Vaccination report Assam 1874-1896 - 1874-1896
Year: 1874
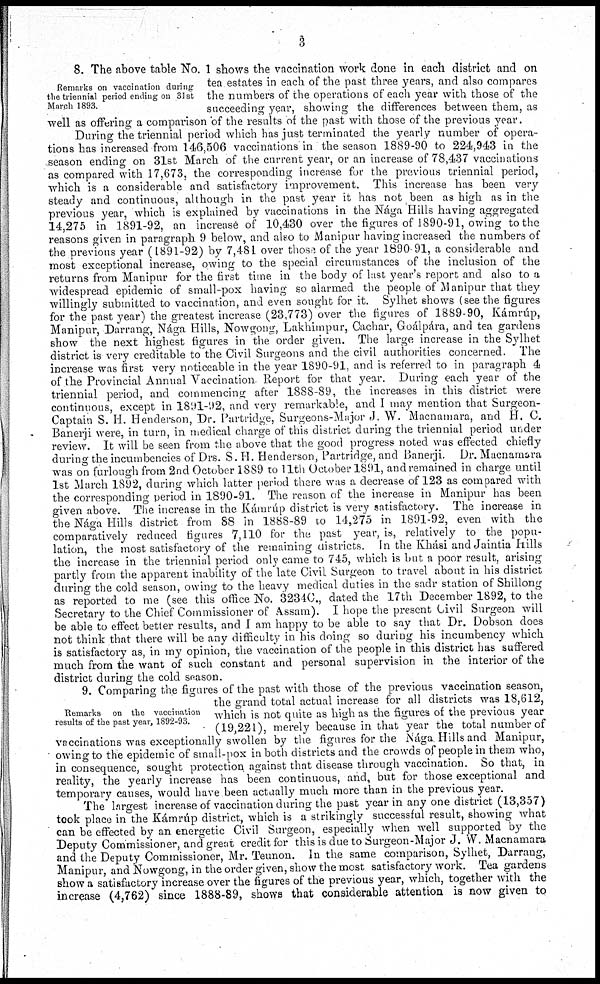
3
Remarks on vaccination during
the triennial period ending on 31st
March 1893.
8. The above table No. 1 shows the vaccination work done in each district and on
tea estates in each of the past three years, and also compares
the numbers of the operations of each year with those of the
succeeding year, showing the differences between them, as
well as offering a comparison of the results of the past with those of the previous year.
During the triennial period which has just terminated the yearly number of opera-
tions has increased from 146,506 vaccinations in the season 1889-90 to 224,943 in the
season ending on 31st March of the current year, or an increase of 78,437 vaccinations
as compared with 17,673, the corresponding increase for the previous triennial period,
which is a considerable and satisfactory improvement. This increase has been very
steady and continuous, although in the past year it has not been as high as in the
previous year, which is explained by vaccinations in the Nága Hills having aggregated
14,275 in 1891-92, an increase of 10,430 over the figures of 1890-91, owing to the
reasons given in paragraph 9 below, and also to Manipur having increased the numbers of
the previous year (1891-92) by 7,481 over those of the year 1890 91, a considerable and
most exceptional increase, owing to the special circumstances of the inclusion of the
returns from Manipur for the first time in the body of last year's report and also to a
widespread epidemic of small-pox having so alarmed the people of Manipur that they
willingly submitted to vaccination, and even sought for it. Sylhet shows (see the figures
for the past year) the greatest increase (23,773) over the figures of 1889-90, Kámrúp,
Manipur, Darrang, Nága Hills, Nowgong, Lakhimpur, Cachar, Goálpára, and tea gardens
show the next highest figures in the order given. The large increase in the Sylhet
district is very creditable to the Civil Surgeons and the civil authorities concerned. The
increase was first very noticeable in the year 1890-91, and is referred to in paragraph 4
of the Provincial Annual Vaccination Report for that year. During each year of the
triennial period, and commencing after 1888-89, the increases in this district were
continuous, except in 1891-92, and very remarkable, and I may mention that Surgeon-
Captain S. H. Henderson, Dr. Partridge, Surgeons-Major J. W. Macnamara, and H. C.
Banerji were, in turn, in medical charge of this district during the triennial period under
review. It will be seen from the above that the good progress noted was effected chiefly
during the incumbencies of Drs. S. H. Henderson, Partridge, and Banerji. Dr. Macnamara
was on furlough from 2nd October 1889 to 11th October 1891, and remained in charge until
1st March 1892, during which latter period there was a decrease of 123 as compared with
the corresponding period in 1890-91. The reason of the increase in Manipur has been
given above. The increase in the Kámrúp district is very satisfactory. The increase in
the Nága Hills district from 88 in 1888-89 to 14,275 in 1891-92, even with the
comparatively reduced figures 7,110 for the past year, is, relatively to the popu-
lation, the most satisfactory of the remaining districts. In the Khási and Jaintia Hills
the increase in the triennial period only came to 745, which is but a poor result, arising
partly from the apparent inability of the late Civil Surgeon to travel about in his district
during the cold season, owing to the heavy medical duties in the sadr station of Shillong
as reported to me (see this office No. 3234C., dated the 17th December 1892, to the
Secretary to the Chief Commissioner of Assam). I hope the present Civil Surgeon will
be able to effect better results, and I am happy to be able to say that Dr. Dobson does
not think that there will be any difficulty in his doing so during his incumbency which
is satisfactory as, in my opinion, the vaccination of the people in this district has suffered
much from the want of such constant and personal supervision in the interior of the
district during the cold season.
Remarks on the vaccination
results of the past year, 1892-93.
9. Comparing the figures of the past with those of the previous vaccination season,
the grand total actual increase for all districts was 18,612,
which is not quite as high as the figures of the previous year
(19,221), merely because in that year the total number of
vaccinations was exceptionally swollen by the figures for the Nága Hills and Manipur,
owing to the epidemic of small-pox in both districts and the crowds of people in them who,
in consequence, sought protection against that disease through vaccination. So that, in
reality, the yearly increase has been continuous, and, but for those exceptional and
temporary causes, would have been actually much more than in the previous year.
The largest increase of vaccination during the past year in any one district (13,357)
took place in the Kámrúp district, which is a strikingly successful result, showing what
can be effected by an energetic Civil Surgeon, especially when well supported by the
Deputy Commissioner, and great credit for this is due to Surgeon-Major J. W. Macnamara
and the Deputy Commissioner, Mr. Teunon. In the same comparison, Sylhet, Darrang,
Manipur, and Nowgong, in the order given, show the most satisfactory work. Tea gardens
show a satisfactory increase over the figures of the previous year, which, together with the
increase (4,762) since 1888-89, shows that considerable attention is now given to